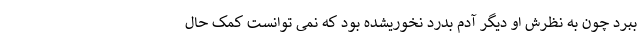
ببرد چون به نظرش او دیگر آدم بدرد نخوریشده بود که نمی توانست کمک حال